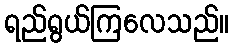
ရည်ရွယ်ကြလေသည်။